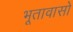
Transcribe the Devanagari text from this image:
भूतावासो